画像に写った文字を読んでください
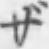
「ザ」と書いてあります